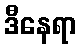
ဒီနေရာ